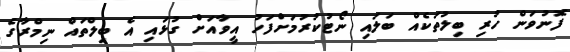
ފޮނުވަން ހުރި ބިލުތަކެއް ބަލައި ނޯޓުކުރުމަށްފަހު އީވާއަށް ގުޅައި އެ ބިލްތައް ނިމްރާގެ